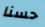
حسنا